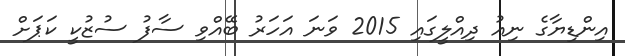
އިންޑިޔާގެ ނިއު ދިއްލީގައި 2015 ވަނަ އަހަރު ބޭއްވި ސާފު ސުޒުކީ ކަޕަށް